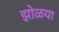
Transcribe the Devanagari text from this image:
झोळया